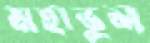
মহাভুল